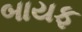
બાયફ